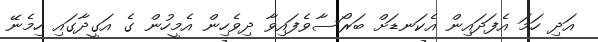
އަދި ހަމަ އެފަދައިން އެކަނޑަށް ބަރޯސާވެފައިވާ ދިވެހިން އެމީހުން ގެ އަގީދާގައި ހިމެނޭ